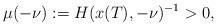
LaTeX: \begin{align*}\mu(-\nu):= H(x(T),-\nu)^{-1} > 0, \end{align*}